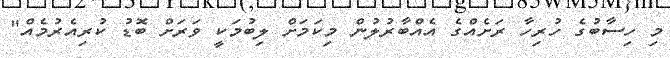
މި ހިސާބުގެ ހުރިހާ ރަށެއްގެ އެއްބާރުލުން މިކަމަށް ލިބުމަކީ ވަރަށް ބޮޑު ކުރިއެރުމެއް"